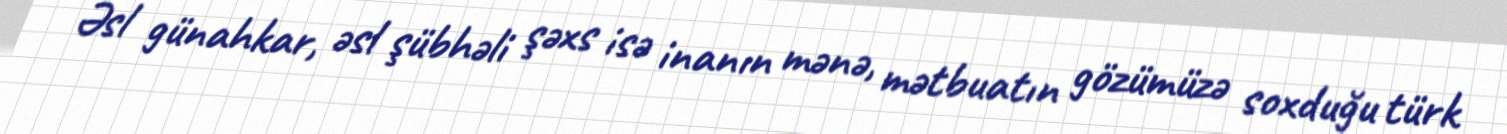
Əsl günahkar, əsl şübhəli şəxs isə inanın mənə, mətbuatın gözümüzə soxduğu türk